Vaccination Hyderabad 1872-1889 - 1872-1889
Year: 1872
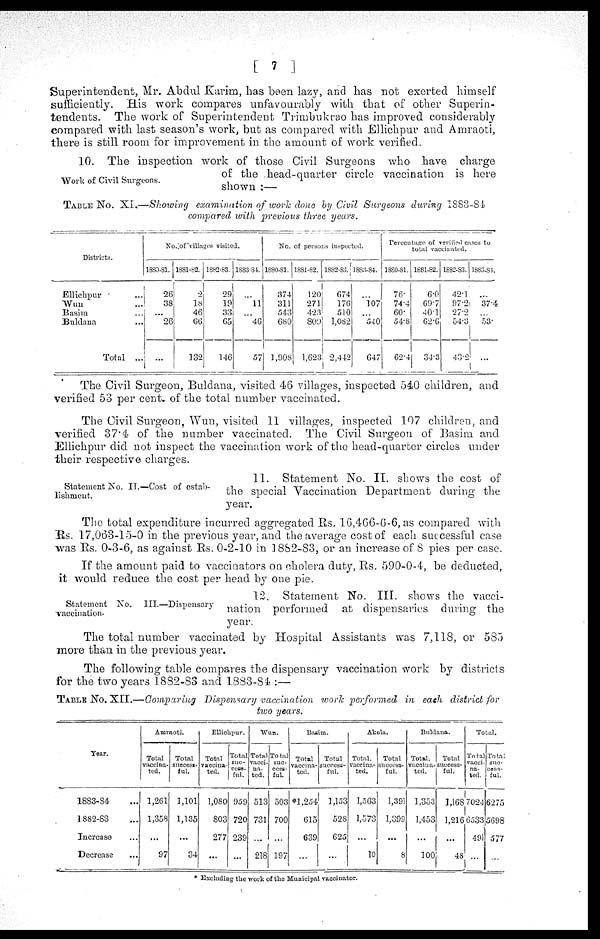
[ 7 ]
Superintendent, Mr. Abdul Karim, has been lazy, and has not exerted himself
sufficiently. His work compares unfavourably with that of other Superin-
tendents. The work of Superintendent Trimbukrao has improved considerably
compared with last season's work, but as compared with Ellichpur and Amraoti,
there is still room for improvement in the amount of work verified.
Work of Civil Surgeons.
10. The inspection work of those Civil Surgeons who have charge
of the head-quarter circle vaccination is here
shown :—
TABLE NO. XI.—Showing examination of work done by Civil Surgeons during 1883-84
compared with previous three years.
Districts.
Ellichpur ...
Wun ...
Basim ...
Buldana ...
Total ...
No.of villages visited.
1880-81.
26
38
...
26
...
1881-82.
2
18
46
66
132
1882-83.
29
19
33
65
146
1883-84.
...
11
...
46
57
No. of persons inspected.
1880-81.
374
311
543
680
1,908
1881-82.
120
271
423
809
1,623
1882-83.
674
176
510
1,082
2,442
1883-84.
...
107
...
540
647
Percentage of verified cases to
total vaccinated.
1880-81.
76.
74.4
60.
54.8
62.4
1881-82.
6.0
69.7
40.1
62.6
34.3
1882-83.
42.1
97.2
27.2
54.3
43.2
1883-84
...
37.4
...
53.
...
The Civil Surgeon, Buldana, visited 46 villages, inspected 540 children, and
verified 53 per cent. of the total number vaccinated.
The Civil Surgeon, Wun, visited 11 villages, inspected 107 children, and
verified 37.4 of the number vaccinated. The Civil Surgeon of Basim and
Ellichpur did not inspect the vaccination work of the head-quarter circles under
their respective charges.
Statement No. II.—Cost of estab-
lishment.
11. Statement No. II. shows the cost of
the special Vaccination Department during the
year.
The total expenditure incurred aggregated Rs. 16,466-6-6, as compared with
Rs. 17,063-15-0 in the previous year, and the average cost of each successful case
was Rs. 0-3-6, as against Rs. 0-2-10 in 1882-83, or an increase of 8 pies per case.
If the amount paid to vaccinators on cholera duty, Rs. 590-0-4, be deducted,
it would reduce the cost per head by one pie.
Statement No. III.—Dispensary
vaccination.
12. Statement No. III. shows the vacci-
nation performed at dispensaries during the
year.
The total number vaccinated by Hospital Assistants was 7,118, or 585
more than in the previous year.
The following table compares the dispensary vaccination work by districts
for the two years 1882-83 and 1883-84 :—
TABLE NO. XII.—Comparing Dispensary vaccination work performed in each district for
two years.
Year.
1883-84 ...
1882-83 ...
Increase ...
Decrease ...
Amraoti.
Total
vaccina-
ted.
1,261
1,358
...
97
Total
success-
ful.
1,101
1,135
...
34
Ellichpur.
Total
vaccina-
ted.
1,080
803
277
...
Total
suc-
cess-
ful.
959
720
239
...
Wun.
Total
vacci-
na-
ted.
513
731
...
218
Total
suc-
cess-
ful.
503
700
...
197
Basim.
Total
vaccina-
ted.
*l,254
615
639
...
Total
success-
ful.
1,153
528
625
...
Akola.
Total.
vaccina-
ted.
1,563
1,573
...
10
Total
success-
ful.
1,391
1,309
...
8
Buldana.
Total.
vaccina-
ted.
1,353
1,453
...
100
Total
success-
ful.
1,168
1,216
...
48
Total.
Total
vacci-
na-
ted.
7024
6533
491
...
Total
suc-
cess-
ful.
6275
5698
577
...
* Excluding the work of the Municipal vaccinator.